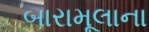
બારામૂલાના